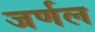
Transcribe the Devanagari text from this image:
जर्णल